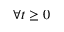
\forall t \geq 0